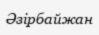
Әзірбайжан